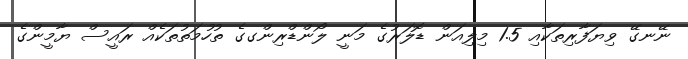
ނޭނގޭ ވިޔަފާރިތަކާއި 1.5 މިލިއަން ޑޮލަރުގެ މަނީ ލޯންޑްރިންގގެ ތުހުމަތުތަކެއް ރައީސް ޔާމީންގެ